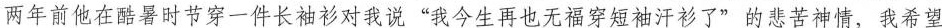
两年前他在酷暑时节穿一件长袖衫对我说”我今生再也无福穿短袖汗衫了”的悲苦神情，我希望